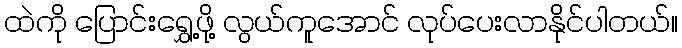
ထဲကို ပြောင်းရွှေ့ဖို့ လွယ်ကူအောင် လုပ်ပေးလာနိုင်ပါတယ်။